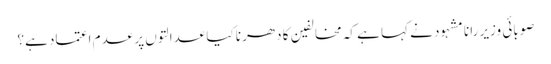
صوبائی وزیر رانا مشہود نے کہا ہے کہ مخالفین کا دھرنا کیا عدالتوں پر عدم اعتماد ہے؟